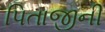
પિતાજીની